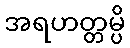
အရဟတ္တမ္ပိ